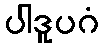
ပါဒူပဂံ